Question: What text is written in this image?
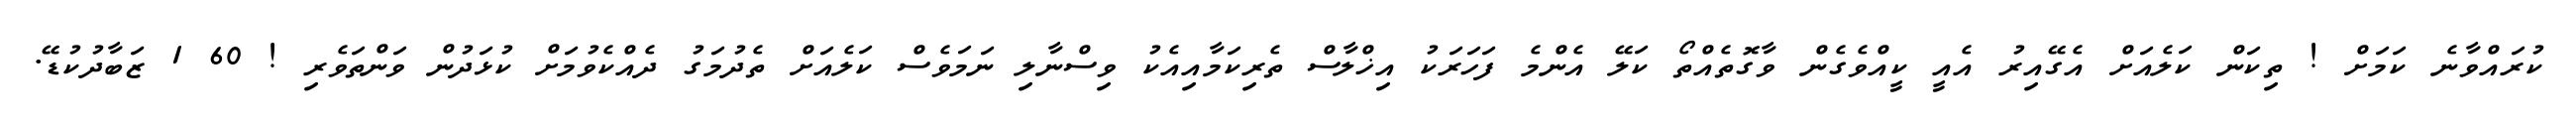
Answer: ކުރައްވާނެ ކަމަށް ! ތިކަން ކަލެއަށް އެގޭއިރު އެއީ ކީއްވެގެން ވާގޮތެއްތޯ ކަލޭ އެންމެ ފަހަރަކު އިޚްލާސް ތެރިކަމާއިއެކު ވިސްނާލި ނަމަވެސް ކަލެއަށް ތެދުމަގު ދެއްކެވުމަށް ކުޅަދުން ވަންތަވެރި ! 60 1 ޒަބާދުކުޑޭ.